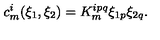
c _ { m } ^ { i } ( \xi _ { 1 } , \xi _ { 2 } ) = K _ { m } ^ { i p q } \xi _ { 1 p } \xi _ { 2 q } .